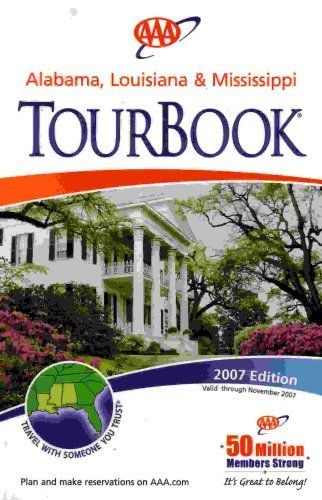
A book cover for AAA Alabama, Louisiana & Mississippi TourBook (2007-460007, 2007 Edition); AAA; Travel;